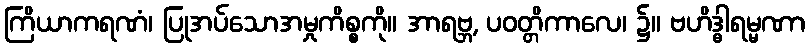
ကြိယာကရဏံ၊ ပြုအပ်သောအမှုကိစ္စကို။ အာရဗ္ဘ, ပဝတ္တိကာလေ၊ ၌။ ဗဟိဒ္ဓါရမ္မဏာ